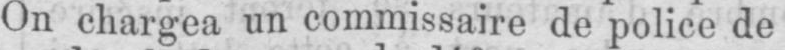
On chargea un commissaire de police de